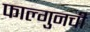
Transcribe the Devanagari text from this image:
फाल्गुनची